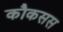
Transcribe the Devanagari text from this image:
कौकसस